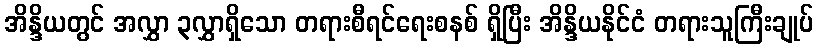
အိန္ဒိယတွင် အလွှာ ၃လွှာရှိသော တရားစီရင်ရေးစနစ် ရှိပြီး အိန္ဒိယနိုင်ငံ တရားသူကြီးချုပ်